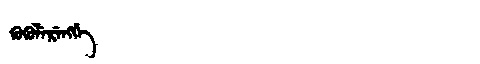
Manchu: ᡴᡠᡴᡠᠯᡝᡵᡝᠩᡤᡝ
Romanization: KUKULERENGGE